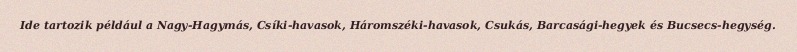
Ide tartozik például a Nagy-Hagymás, Csíki-havasok, Háromszéki-havasok, Csukás, Barcasági-hegyek és Bucsecs-hegység.